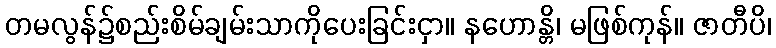
တမလွန်၌စည်းစိမ်ချမ်းသာကိုပေးခြင်းငှာ။ နဟောန္တိ၊ မဖြစ်ကုန်။ ဇာတီပိ၊